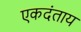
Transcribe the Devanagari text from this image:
एकदंताय